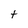
Character: t